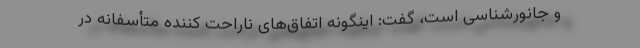
و جانورشناسی است، گفت: اینگونه اتفاق‌های ناراحت کننده متأسفانه در